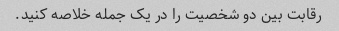
رقابت بین دو شخصیت را در یک جمله خلاصه کنید.